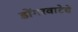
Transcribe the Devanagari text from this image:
डोंगरवाटेचे